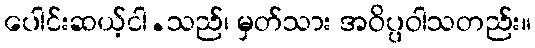
ပေါင်းဆယ့်ငါ.သည်၊ မှတ်သား အဝိပ္ပဝါသတည်း။